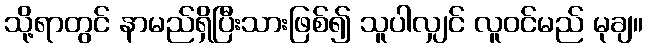
သို့ရာတွင် နာမည်ရှိပြီးသားဖြစ်၍ သူပါလျှင် လူဝင်မည် မုချ။